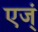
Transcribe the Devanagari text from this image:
एज्ं